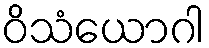
ဝိသံယောဂါ